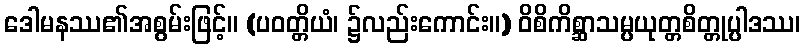
ဒေါမနဿ၏အစွမ်းဖြင့်။ (ပဝတ္တိယံ၊ ၌လည်းကောင်း။) ဝိစိကိစ္ဆာသမ္ပယုတ္တစိတ္တုပ္ပါဒဿ၊